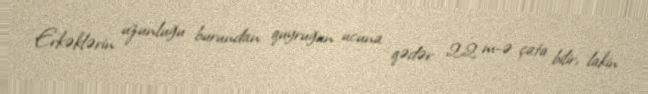
Erkəklərin uzunluğu burundan quyruğun ucuna qədər 2,2 m-ə çata bilir, lakin